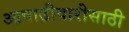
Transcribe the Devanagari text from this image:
आषाढीवारीसाठी